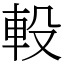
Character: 軗